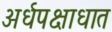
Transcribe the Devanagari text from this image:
अर्धपक्षाधात